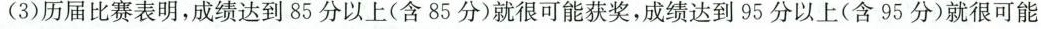
(3)历届比赛表明，成绩达到85分以上(含85分)就很可能获奖，成绩达到95分以上(含95分)就很可能